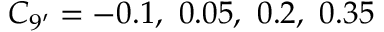
C _ { 9 ^ { \prime } } = - 0 . 1 , ~ 0 . 0 5 , ~ 0 . 2 , ~ 0 . 3 5